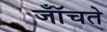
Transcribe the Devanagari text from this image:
जॉँचते